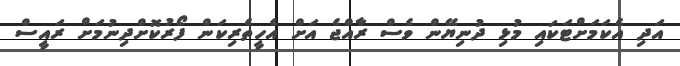
އަދި އެކަމަށްޓަކައި މުޅި ދުނިޔޭން ވެސް ރާއްޖެ އަށް އެހީތެރިކަން ފޯރުކޮށްދިނުމަށް ރައީސް